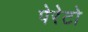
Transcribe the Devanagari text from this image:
पेरेटो